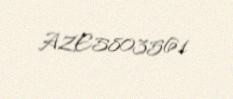
AZE5803561